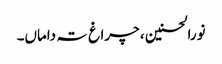
نورالحسنین ، چراغ تہ داماں۔